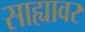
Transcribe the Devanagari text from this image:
साह्यावर